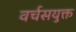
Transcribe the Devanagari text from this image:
वर्चसयुक्त